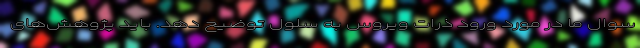
سوال ما در مورد ورود ذرات ویروس به سلول توضیح دهد. باید پژوهش‌های